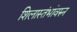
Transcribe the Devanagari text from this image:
शिलास्तंभांवरुन